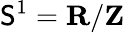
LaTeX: \mathsf{S}^{1}=\mathbf{{R}}/\mathbf{{Z}}